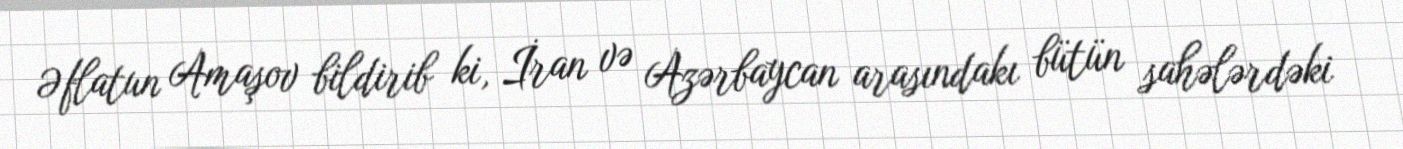
Əflatun Amaşov bildirib ki, İran və Azərbaycan arasındakı bütün sahələrdəki